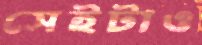
সেইটাও